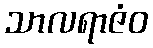
သာလရာဇံဝ